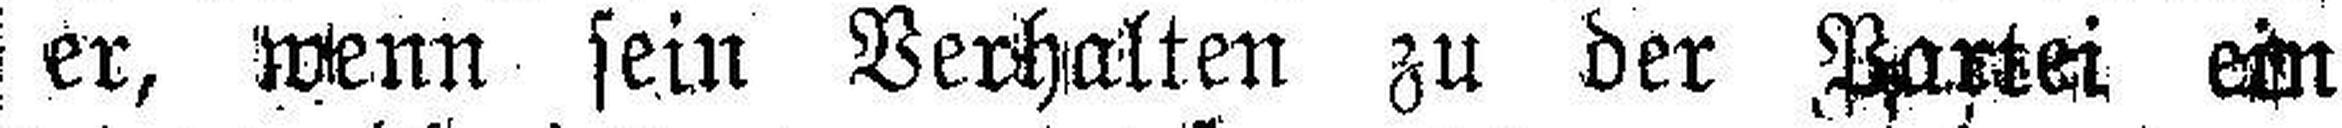
er, wenn sein Verhalten zu der Partei ein